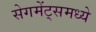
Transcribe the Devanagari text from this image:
सेगमेंट्समध्ये